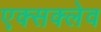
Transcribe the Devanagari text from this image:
एक्सक्लेव